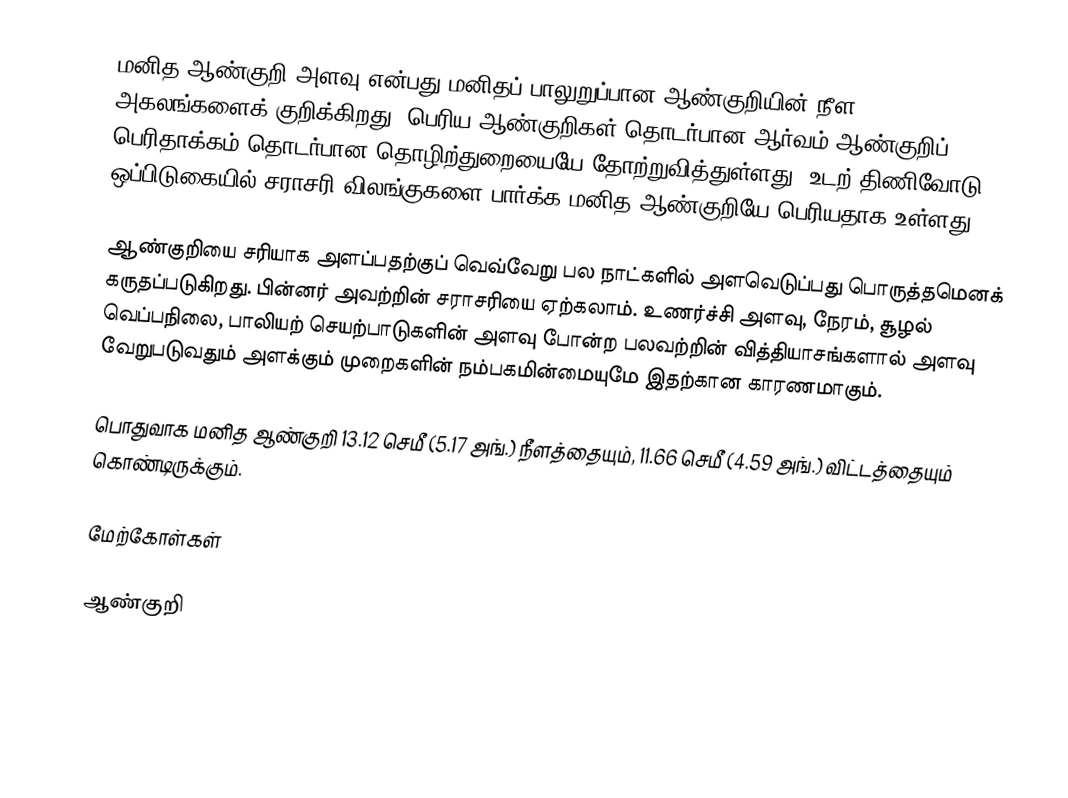
மனித ஆண்குறி அளவு என்பது மனிதப் பாலுறுப்பான ஆண்குறியின் நீள அகலங்களைக் குறிக்கிறது. பெரிய ஆண்குறிகள் தொடர்பான ஆர்வம் ஆண்குறிப் பெரிதாக்கம் தொடர்பான தொழிற்துறையையே தோற்றுவித்துள்ளது. உடற் திணிவோடு ஒப்பிடுகையில் சராசரி விலங்குகளை பார்க்க மனித ஆண்குறியே பெரியதாக உள்ளது.

ஆண்குறியை சரியாக அளப்பதற்குப் வெவ்வேறு பல நாட்களில் அளவெடுப்பது பொருத்தமெனக் கருதப்படுகிறது. பின்னர் அவற்றின் சராசரியை ஏற்கலாம். உணர்ச்சி அளவு, நேரம், சூழல் வெப்பநிலை, பாலியற் செயற்பாடுகளின் அளவு போன்ற பலவற்றின் வித்தியாசங்களால் அளவு வேறுபடுவதும் அளக்கும் முறைகளின் நம்பகமின்மையுமே இதற்கான காரணமாகும்.

பொதுவாக மனித ஆண்குறி 13.12 செமீ (5.17 அங்.) நீளத்தையும், 11.66 செமீ (4.59 அங்.) விட்டத்தையும் கொண்டிருக்கும்.

மேற்கோள்கள்

ஆண்குறி